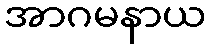
အာဂမနာယ